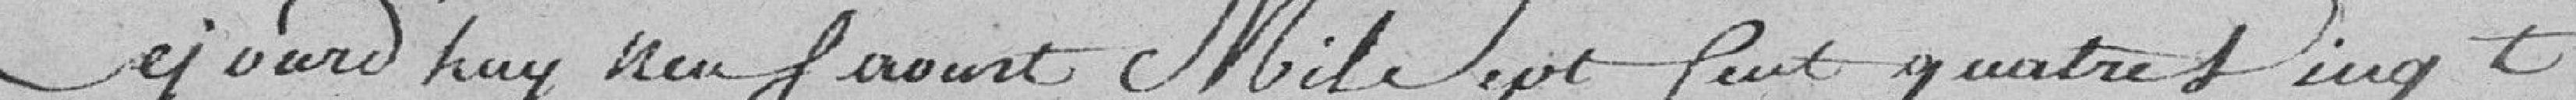
Ce jour d'huy neuf août mil sept cent quatre vingt